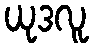
ယုဒလူ